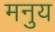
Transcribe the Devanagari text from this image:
मनुय